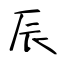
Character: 辰